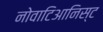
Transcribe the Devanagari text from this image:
नोवाटिआनिस्ट